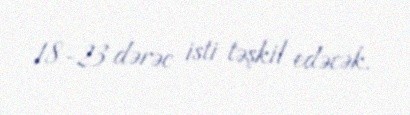
18-23 dərəc isti təşkil edəcək.